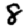
Digit: 8